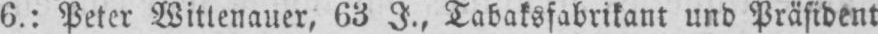
6,: Peter Wittenauer, 63 J., Tabaksfabrikant und Präsident